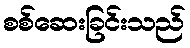
စစ်ဆေးခြင်းသည်